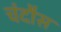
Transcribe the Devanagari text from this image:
चंदौस